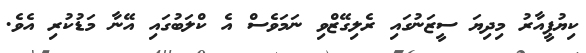
ކިޔުޕީއާރު މިދިޔަ ސީޒަނުގައި ރެލިގޭޒްވި ނަމަވެސް އެ ކްލަބުގައި އޭނާ މަޑުކުރި އެވެ.